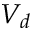
V _ { d }